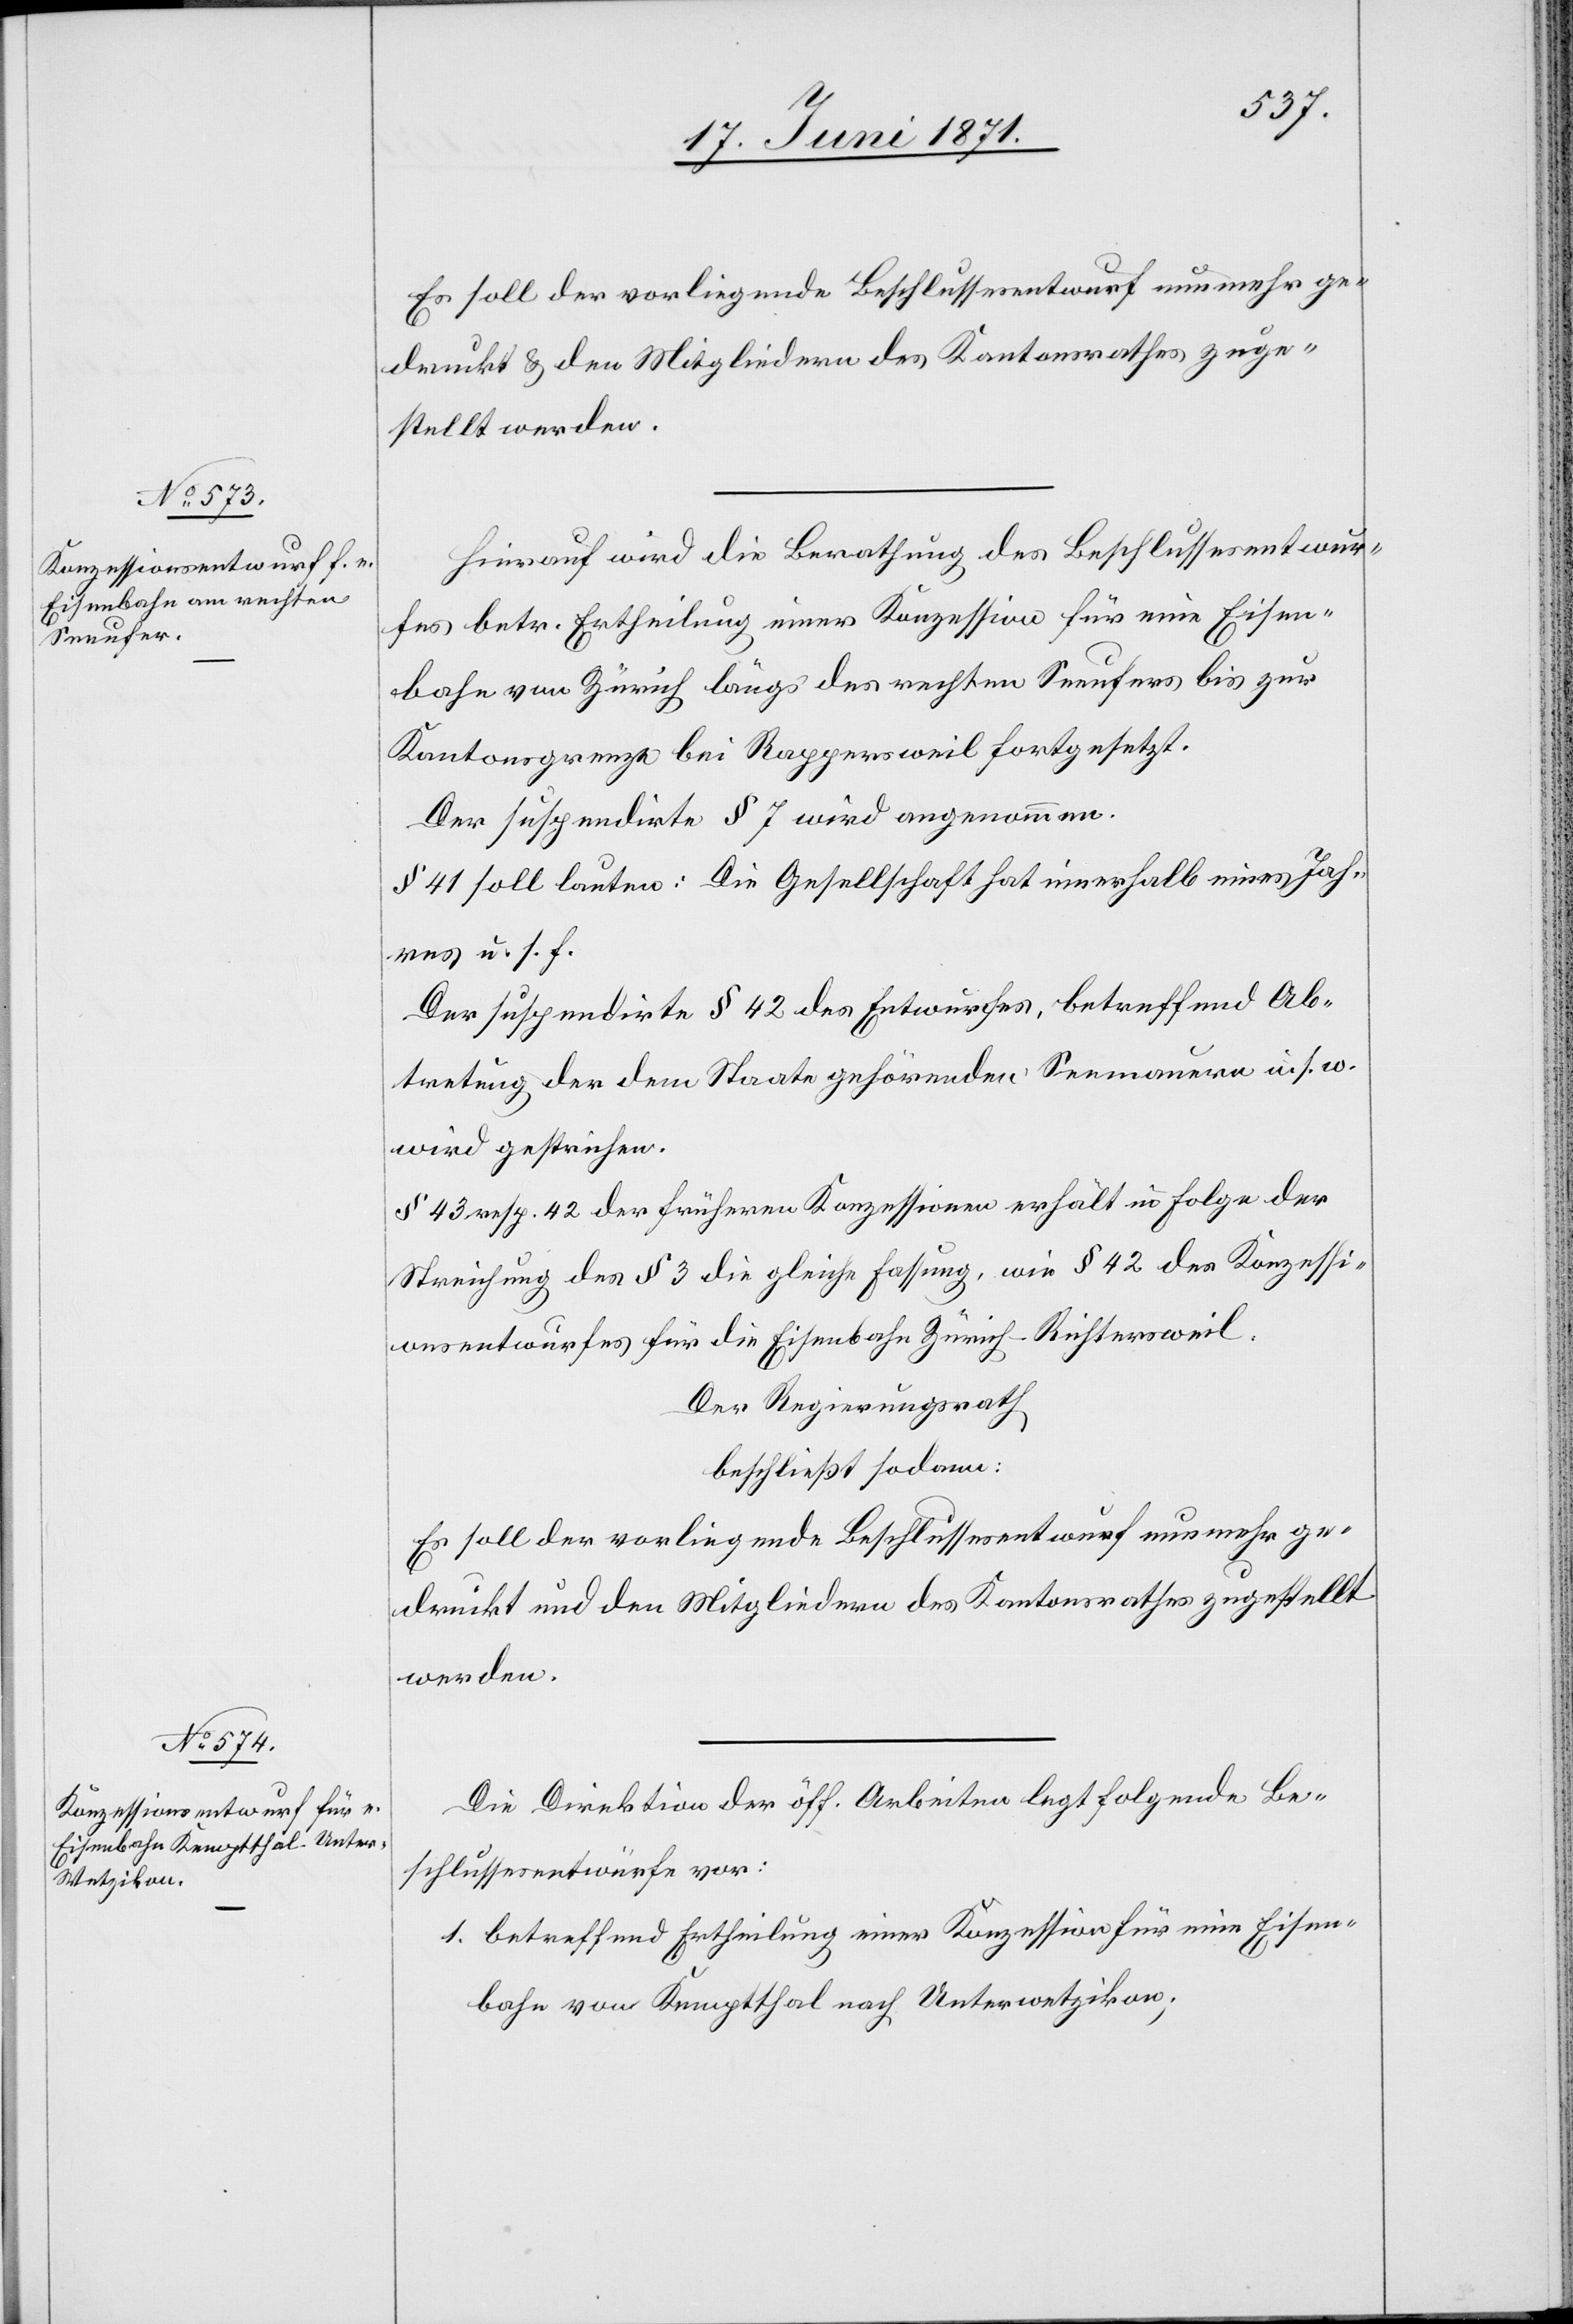
Es soll der vorliegende Beschlussesentwurf nunmehr ge¬
druckt u. den Mitgliedern des Kantonsrathes zuge¬
stellt werden.
Hierauf wird die Berathung des Beschlussesentwur¬
fes betr. Ertheilung einer Konzession für eine Eisen¬
bahn von Zürich längs des rechten Seeufers bis zur
Kantonsgrenze bei Rappersweil fortgesetzt.
Der suspendirte § 7 wird angenommen.
§ 41 soll lauten: Die Gesellschaft hat innerhalb eines Jah¬
res u. s. f.
Der suspendirte § 42 des Entwurfes, betreffend Ab¬
tretung der dem Staate gehörenden Seemauern u. s. w.
wird gestrichen.
§ 43 resp. 42 der früheren Konzessionen erhält in Folge der
Streichung des § 3 die gleiche Fassung, wie § 42 des Konzessi¬
onsentwurfes für die Eisenbahn Zürich-Richtersweil.
Der Regierungsrath
beschließt sodann:
Es soll der vorliegende Beschlussesentwurf nunmehr ge¬
druckt und den Mitgliedern des Kantonsrathes zugestellt
werden.
Die Direktion der öff. Arbeiten legt folgende Be¬
schlussesentwürfe vor:
1. betreffend Ertheilung einer Konzession für eine Eisen¬
bahn von Kemptthal nach Unterwetzikon;